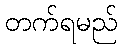
တက်ရမည်